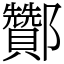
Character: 酇